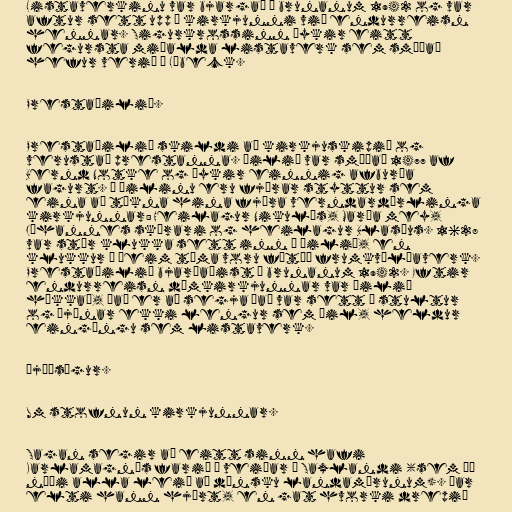
Listaverkinu var bjargað í brunanum 1942 og var
aftur sett upp í kirkjunni við endurreisn
hennar. Sigurkrossinn þykir eitt
fegursta miðalda listaverk sem smíðað
hefur verið í Lübeck.

Prestaþilið.

Prestaþilið skildi að kirkjuskipið og
verustað prestanna. Þilið var smíðað 1477 af
Bernd Notke og þykir einnig afburða
fagurt. Á þilinu eru fjórar styttur sem
eina að tákna hina fjóra verndardýrlinga
kirkjunnar: Heilagur Nikulás, María mey,
Jóhannes skírari og heilagur Blasíus. 1628
var stór klukka sett inn í þilið, en
klukkur á þeim tíma voru fátíð frumkvölðaverk.
Prestaþilið bjarðaðist í brunanum 1942. Eftir
endurreisn dómkirkjunnar var þilið
hækkað, það er að segja það var sett á stultur
og þjónar ekki lengur sem þil, heldur
eingöngu sem listaverk.

Þjóðsögur.

Um stofnun kirkjunnar.

Sagan segir að eitt sinn hafi
Karlamagnús farið á veiðar í Saxlandi (sem þá
náði alla leið að dönsku landamærunum). Þar
elti hann hjört, en gat hvorki drepið